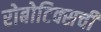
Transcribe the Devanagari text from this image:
रोबोटिक्सची